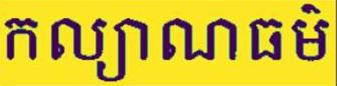
កល្យាណធម៍